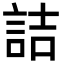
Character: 詰